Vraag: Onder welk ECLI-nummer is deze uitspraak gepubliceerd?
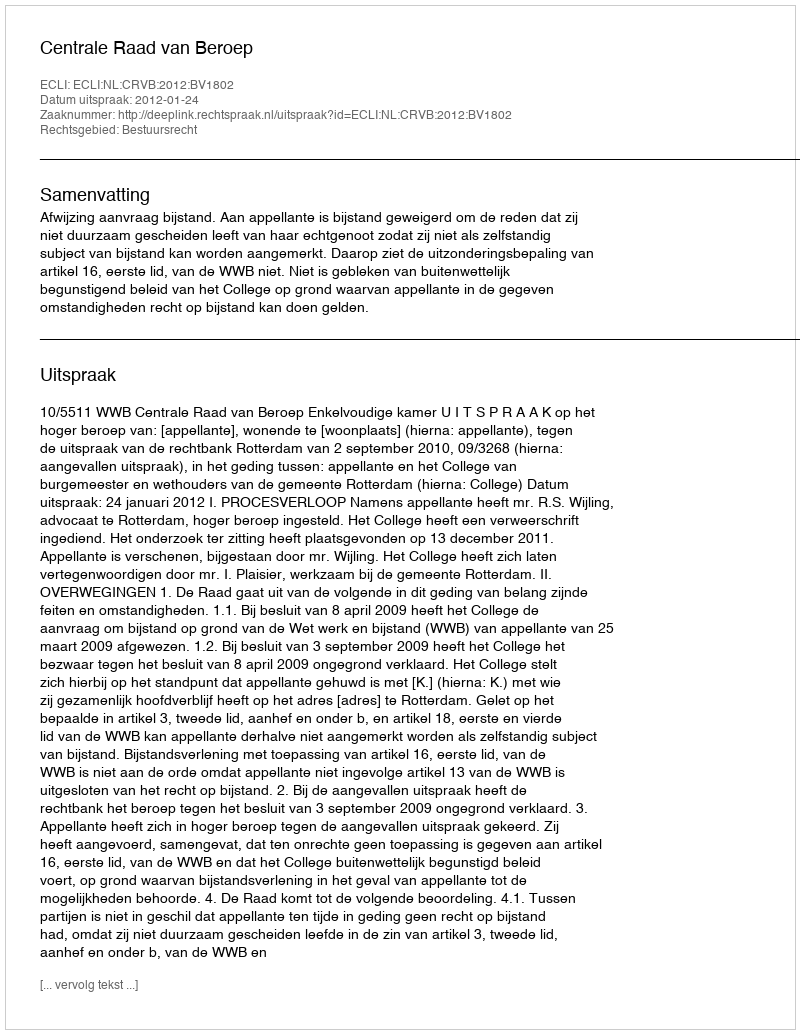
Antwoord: ECLI:NL:CRVB:2012:BV1802